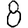
Digit: 8